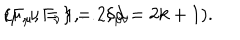
\{ \Gamma _ { \mu } , \Gamma _ { \nu } \} = 2 \delta _ { \mu \nu } \hspace { 0 . 2 c m } ( \mu , \nu = 1 , \ldots , d = 2 k + 1 ) .